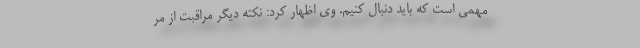
مهمی است که باید دنبال کنیم. وی اظهار کرد: نکته دیگر مراقبت از مر